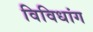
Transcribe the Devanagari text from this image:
विविधांग